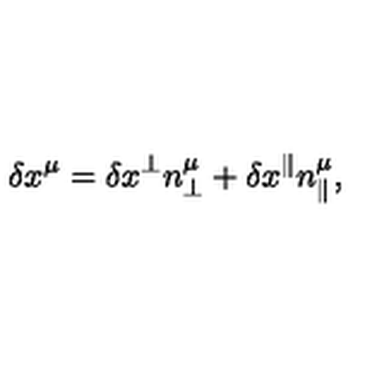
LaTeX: \delta x ^ { \mu } = \delta x ^ { \perp } n _ { \perp } ^ { \mu } + \delta x ^ { \parallel } n _ { \parallel } ^ { \mu } ,